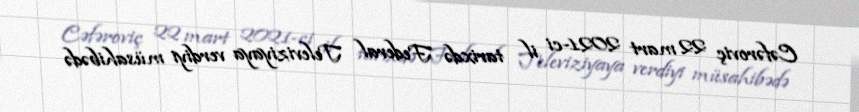
Cəfəroviç 22 mart 2021-ci il tarixdə Federal Televiziyaya verdiyi müsahibədə